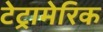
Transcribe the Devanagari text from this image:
टेट्रामेरिक